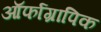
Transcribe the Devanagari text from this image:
ऑर्फाग्रापिक